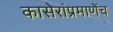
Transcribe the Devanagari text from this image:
कासेरांप्रमाणेंच